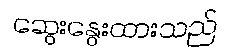
ဆွေးနွေးထားသည်